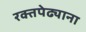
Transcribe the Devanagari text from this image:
रक्तपेढ्याना